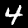
Digit: 4